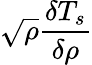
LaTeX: \sqrt{\rho}\frac{\delta T_{s}}{\delta\rho}